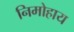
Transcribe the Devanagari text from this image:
निमोहाय